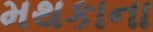
મથકાના